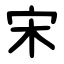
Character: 宋